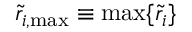
\tilde { r } _ { i , \mathrm { { m a x } } } \equiv \operatorname* { m a x } \{ \tilde { r } _ { i } \}